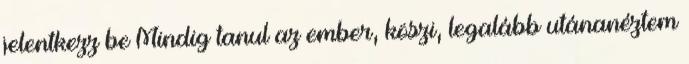
jelentkezz be Mindig tanul az ember, köszi, legalább utánanéztem